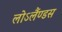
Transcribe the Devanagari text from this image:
लोऽलैंण्डस